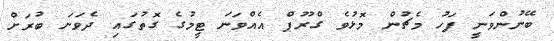
ބޭނުންވަނީ ފަހު މެޗުން މޮޅުވެ ގްރޫޕް އެއްވަނަ ޓީމުގެ ގޮތުގައި ދެވަނަ ބުރަށް